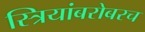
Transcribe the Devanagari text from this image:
स्त्रियांबरोबरच